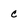
Character: c